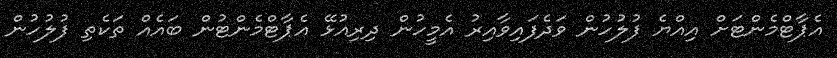
އެޕާޓްމެންޓަށް އިއްޔެ ފުލުހުން ވަދެފައިވާއިރު އެމީހުން ދިރިއުޅޭ އެޕާޓްމެންޓުން ބައެއް ތަކެތި ފުލުހުން